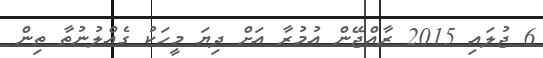
6 ޖުލައި 2015 ރާއްޖޭން އުމުރާ އަށް ދިޔަ މީހަކު ގެއްލުނުތާ ތިން